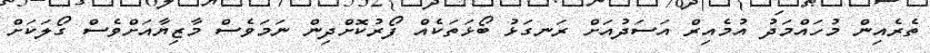
ތެރެއިން މުހައްމަދު އުމެއިރް އަސަދުއަށް ރަނގަޅު ބޯޅަތަކެއް ފޯރުކޮށްދިން ނަމަވެސް މާޒިޔާއަށްވެސް ގޯލަކަށް